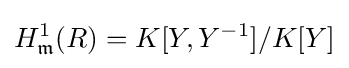
H_{\mathfrak {m}}^{1}(R)=K[Y,Y^{-1}]/K[Y]